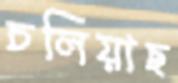
চলিয়াছ